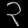
Digit: ၃